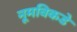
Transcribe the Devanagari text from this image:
नूमविकडे